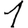
Digit: 1